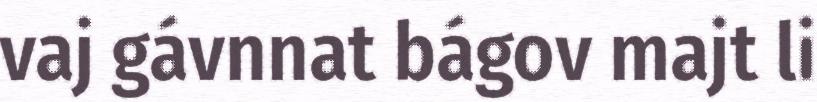
vaj gávnnat bágov majt li